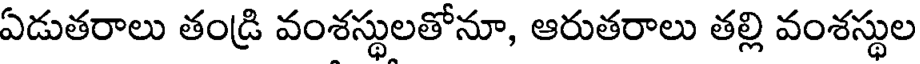
ఏడుతరాలు తండ్రి వంశస్థులతోనూ, ఆరుతరాలు తల్లి వంశస్థుల